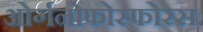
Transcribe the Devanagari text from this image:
ओर्गनोफोस्फोरस